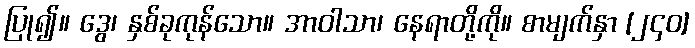
ပြု၍။ ဒွေ၊ နှစ်ခုကုန်သော။ အာဝါသာ၊ နေရာတို့ကို။ စာမျက်နှာ [၂၄၀]